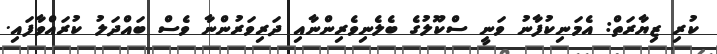
ކުރި ޒިޔާރަތް: އެމަނިކުފާނު ވަނީ ސްކޫލުގެ ބެލެނިވެރިންނާއި ދަރިވަރުންނާ ވެސް ބައްދަލު ކުރައްވާފައި.